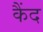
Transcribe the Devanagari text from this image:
कैंद